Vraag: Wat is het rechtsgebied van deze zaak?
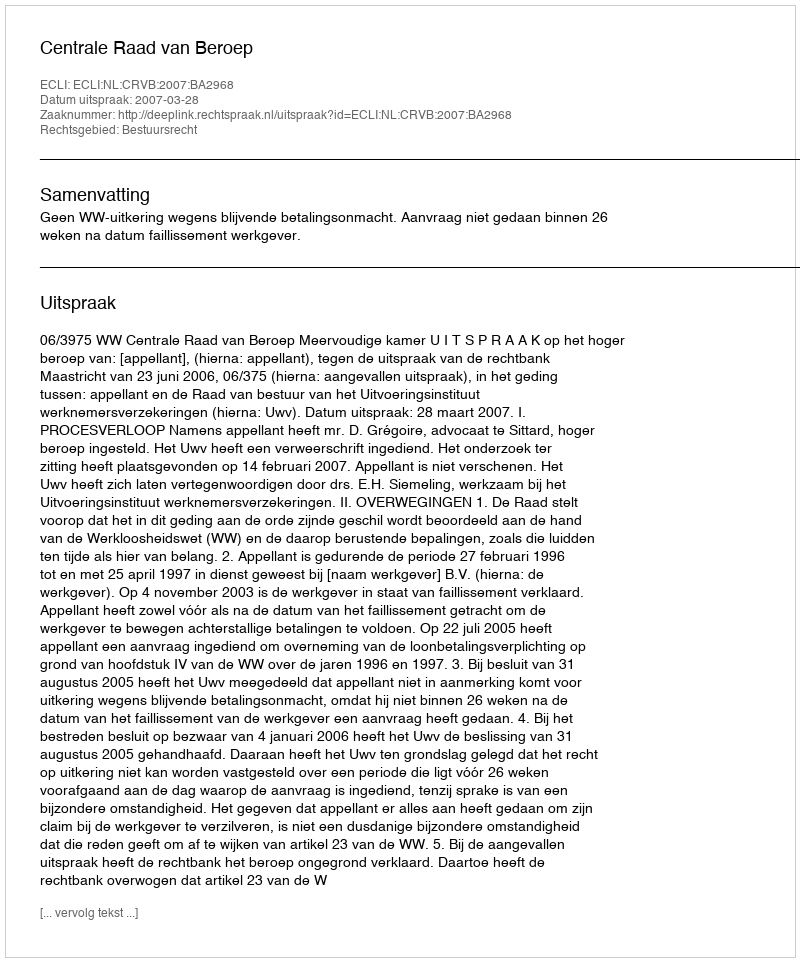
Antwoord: Bestuursrecht